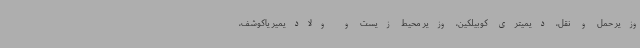
وزیر حمل و نقل، دیمیتری کوبیلکین، وزیر محیط زیست و ولادیمیر یاکوشف،